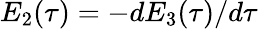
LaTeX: E_{2}(\tau)=-dE_{3}(\tau)/d\tau